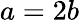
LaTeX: a=2b